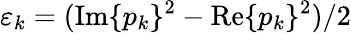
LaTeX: \varepsilon_{k}=(\mathrm{Im}\{ p_{k}\} ^{2}-\mathrm{Re}\{ p_{k}\} ^{2})/2